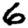
Digit: 6